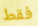
فقط